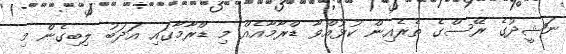
ނަޝީދުގެ ރޭސްގެ ތެރެއިން ކުޅުއްވާ ޑްރާމާއެއް މި ޑްރާމާގައި އަދަބު ލިބިގެން މި